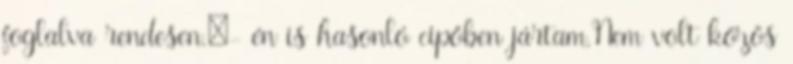
foglalva rendesen.:- én is hasonló cipőben jártam.Nem volt közös